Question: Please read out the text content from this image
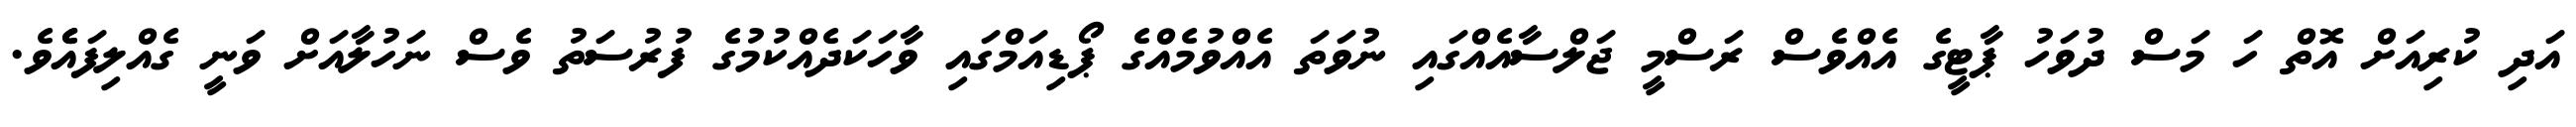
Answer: އަދި ކުރިއަށް އޮތް ހަ މަސް ދުވަހު ޕާޓީގެ އެއްވެސް ރަސްމީ ޖަލްސާއެއްގައި ނުވަތަ އެއްވުމެއްގެ ޕޯޑިއަމްގައި ވާހަކަދެއްކުމުގެ ފުރުސަތު ވެސް ނަހުލާއަށް ވަނީ ގެއްލިފައެެވެ.